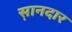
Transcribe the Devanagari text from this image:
स़ानदार